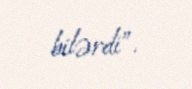
bilərdi”.